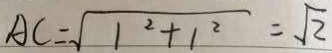
A C = \sqrt { 1 ^ { 2 } + 1 ^ { 2 } } = \sqrt { 2 }